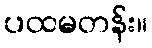
ပထမတန်း။